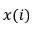
x ( i )